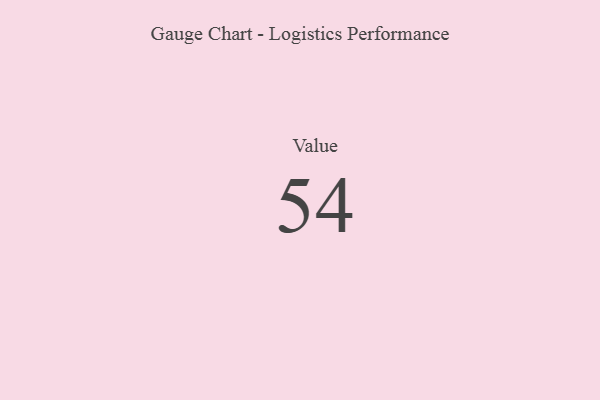
{"axis": {"x": "Metric", "y": "Value"}, "legend": [""], "data": [{"x": "Value", "y": 54, "type": ""}]}